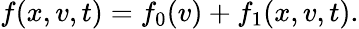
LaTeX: f(x,v,t)=f_{0}(v)+f_{1}(x,v,t).